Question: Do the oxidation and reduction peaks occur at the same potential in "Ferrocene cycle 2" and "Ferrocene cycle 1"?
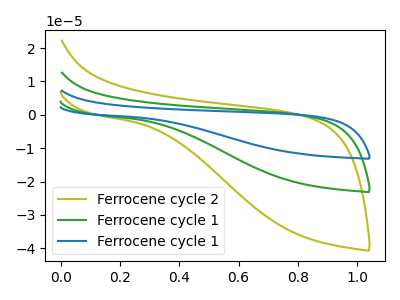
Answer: <think>The olive curve "Ferrocene cycle 2" has no peaks. The green curve "Ferrocene cycle 1" has no peaks. The blue curve "Ferrocene cycle 1" has no peaks.</think>
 <answer>Niether CV has any peaks.</answer>
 <eval>blanks</eval>